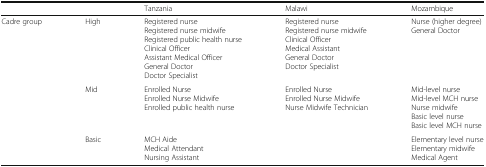
<table><thead><tr><td></td><td></td><td><b>Tanzania</b></td><td><b>Malawi</b></td><td><b>Mozambique</b></td></tr></thead><tbody><tr><td rowspan="3">Cadre group</td><td>High</td><td>Registered nurseRegistered nurse midwifeRegistered public health nurseClinical OfficerAssistant Medical OfficerGeneral DoctorDoctor Specialist</td><td>Registered nurseRegistered nurse midwifeClinical OfficerMedical AssistantGeneral DoctorDoctor Specialist</td><td>Nurse (higher degree)General Doctor</td></tr><tr><td>Mid</td><td>Enrolled NurseEnrolled Nurse MidwifeEnrolled public health nurse</td><td>Enrolled NurseEnrolled Nurse MidwifeNurse Midwife Technician</td><td>Mid-level nurseMid-level MCH nurseNurse midwifeBasic level nurseBasic level MCH nurse</td></tr><tr><td>Basic</td><td>MCH AideMedical AttendantNursing Assistant</td><td></td><td>Elementary level nurseElementary midwifeMedical Agent</td></tr></tbody></table>